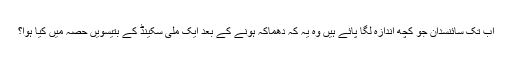
اب تک سائنسدان جو کچھ اندازہ لگا پائے ہیں وہ یہ کہ دھماکہ ہونے کے بعد ایک ملی سکینڈ کے بتیسویں حصہ میں کیا ہوا؟